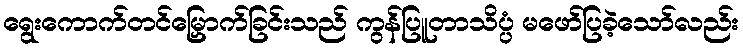
ရွေးကောက်တင်မြှောက်ခြင်းသည် ကွန်ပြူတာသိပ္ပံ မဖော်ပြခဲ့သော်လည်း